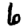
Digit: 6